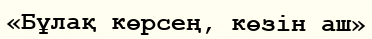
«Бұлақ көрсең, көзін аш»